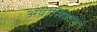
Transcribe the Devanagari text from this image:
अवीसिजास